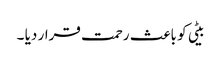
بیٹی کو باعث رحمت قرار دیا ۔